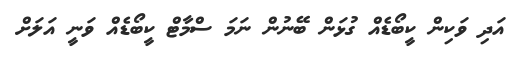
އަދި ވަކިން ކީބޯޑެއް ގުޅަން ބޭނުން ނަމަ ސްމާޓް ކީބޯޑެއް ވަނީ އަލަށް